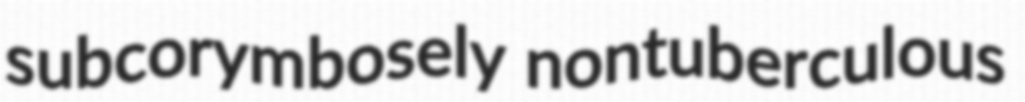
subcorymbosely nontuberculous